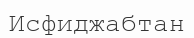
Исфиджабтан